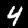
Label: 4